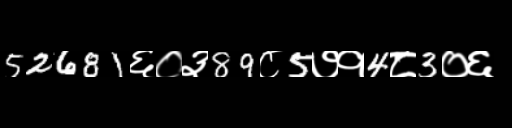
Text: 52681६०३89८5७१4८3०६